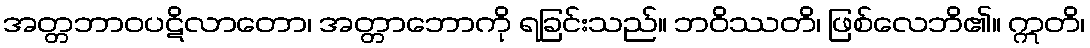
အတ္တဘာဝပဋိလာတော၊ အတ္တာဘောကို ရခြင်းသည်။ ဘဝိဿတိ၊ ဖြစ်လေဘိ၏။ ဣတိ၊